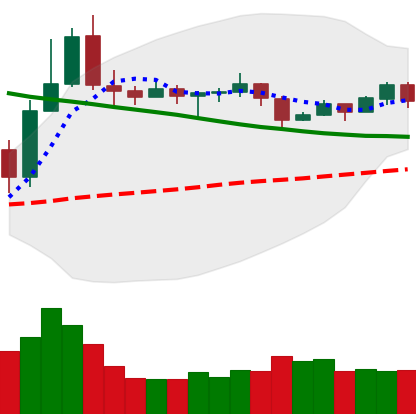
Ticker: TRX-USD
Chart end date: 2019-11-14
Forward return: -12.512%
Label: down_7plus